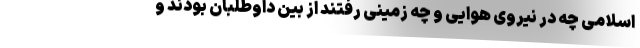
اسلامی چه در نیروی هوایی و چه زمینی رفتند از بین داوطلبان بودند و